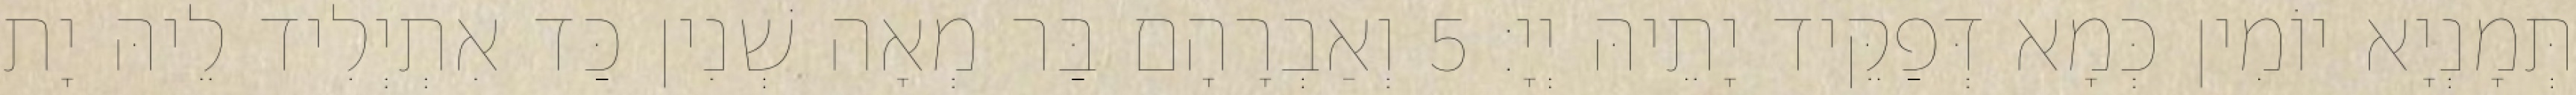
תְּמָנְיָא יוֹמִין כְּמָא דְּפַקֵּיד יָתֵיהּ יְיָ׃ 5 וְאַבְרָהָם בַּר מְאָה שְׁנִין כַּד אִתְיְלִיד לֵיהּ יָת